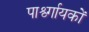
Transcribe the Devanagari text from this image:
पार्श्व्गायकों